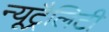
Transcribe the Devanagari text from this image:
न्यूट्रैलिटी